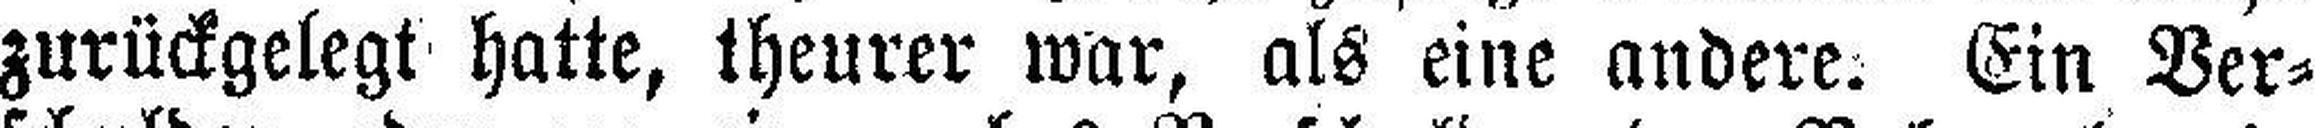
zurückgelegt hatte, theurer war, als eine andere: Ein Ver¬